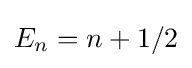
E_{n}=n+1/2